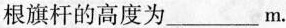
根旗杆的高度为___m.